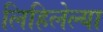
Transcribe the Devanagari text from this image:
लिहिलेल्‍या